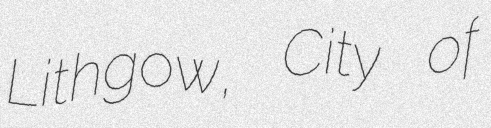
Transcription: Lithgow, City of